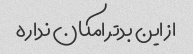
از این بدتر امکان نداره